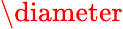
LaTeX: \diameter